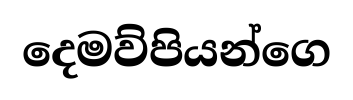
දෙමව්පියන්ගෙ